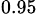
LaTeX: _{0.95}